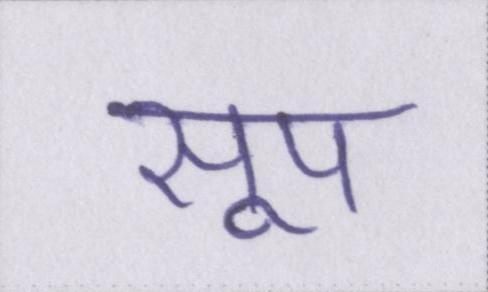
सूप